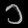
Digit: ၁